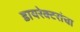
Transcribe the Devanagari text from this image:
डायरेक्टरांचा